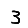
Digit: 3